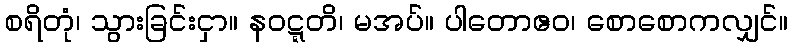
စရိတုံ၊ သွားခြင်းငှာ။ နဝဋ္ဋတိ၊ မအပ်။ ပါတောဧဝ၊ စောစောကလျှင်။